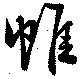
帷